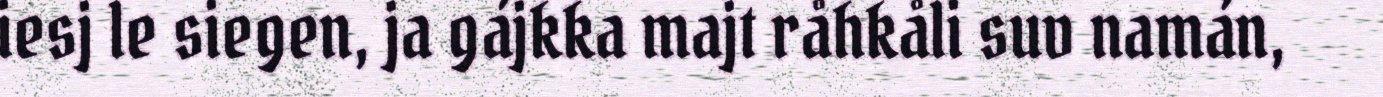
iesj le siegen, ja gájkka majt råhkåli suv namán,